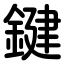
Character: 鍵